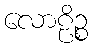
လောဠိဉ္စ